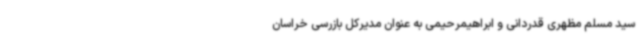
سید مسلم مظهری قدردانی و ابراهیمرحیمی به عنوان مدیرکل بازرسی خراسان